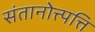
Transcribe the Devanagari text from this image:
संतानोत्त्पत्ति